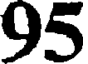
95